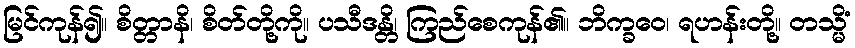
မြင်ကုန်၍။ စိတ္တာနိ၊ စိတ်တို့ကို။ ပသီဒန္တိ၊ ကြည်စေကုန်၏။ ဘိက္ခဝေ၊ ရဟန်းတို့။ တသ္မိံ